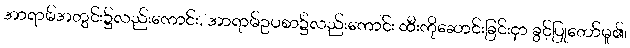
အာရာမ်အတွင်း၌လည်းကောင်း, အာရာမ်ဥပစာ၌လည်းကောင်း ထီးကိုဆောင်းခြင်းငှာ ခွင့်ပြုတော်မူ၏၊